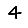
Digit: 4